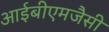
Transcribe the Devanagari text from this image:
आईबीएमजैसी